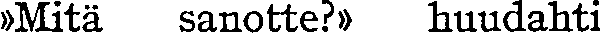
»Mitä sanotte?» huudahti